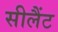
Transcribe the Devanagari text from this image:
सीलैंट